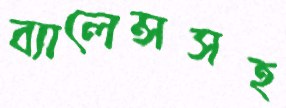
ব্যালেন্সসহ